Leningradi_Edasi_toimetus, lk 8
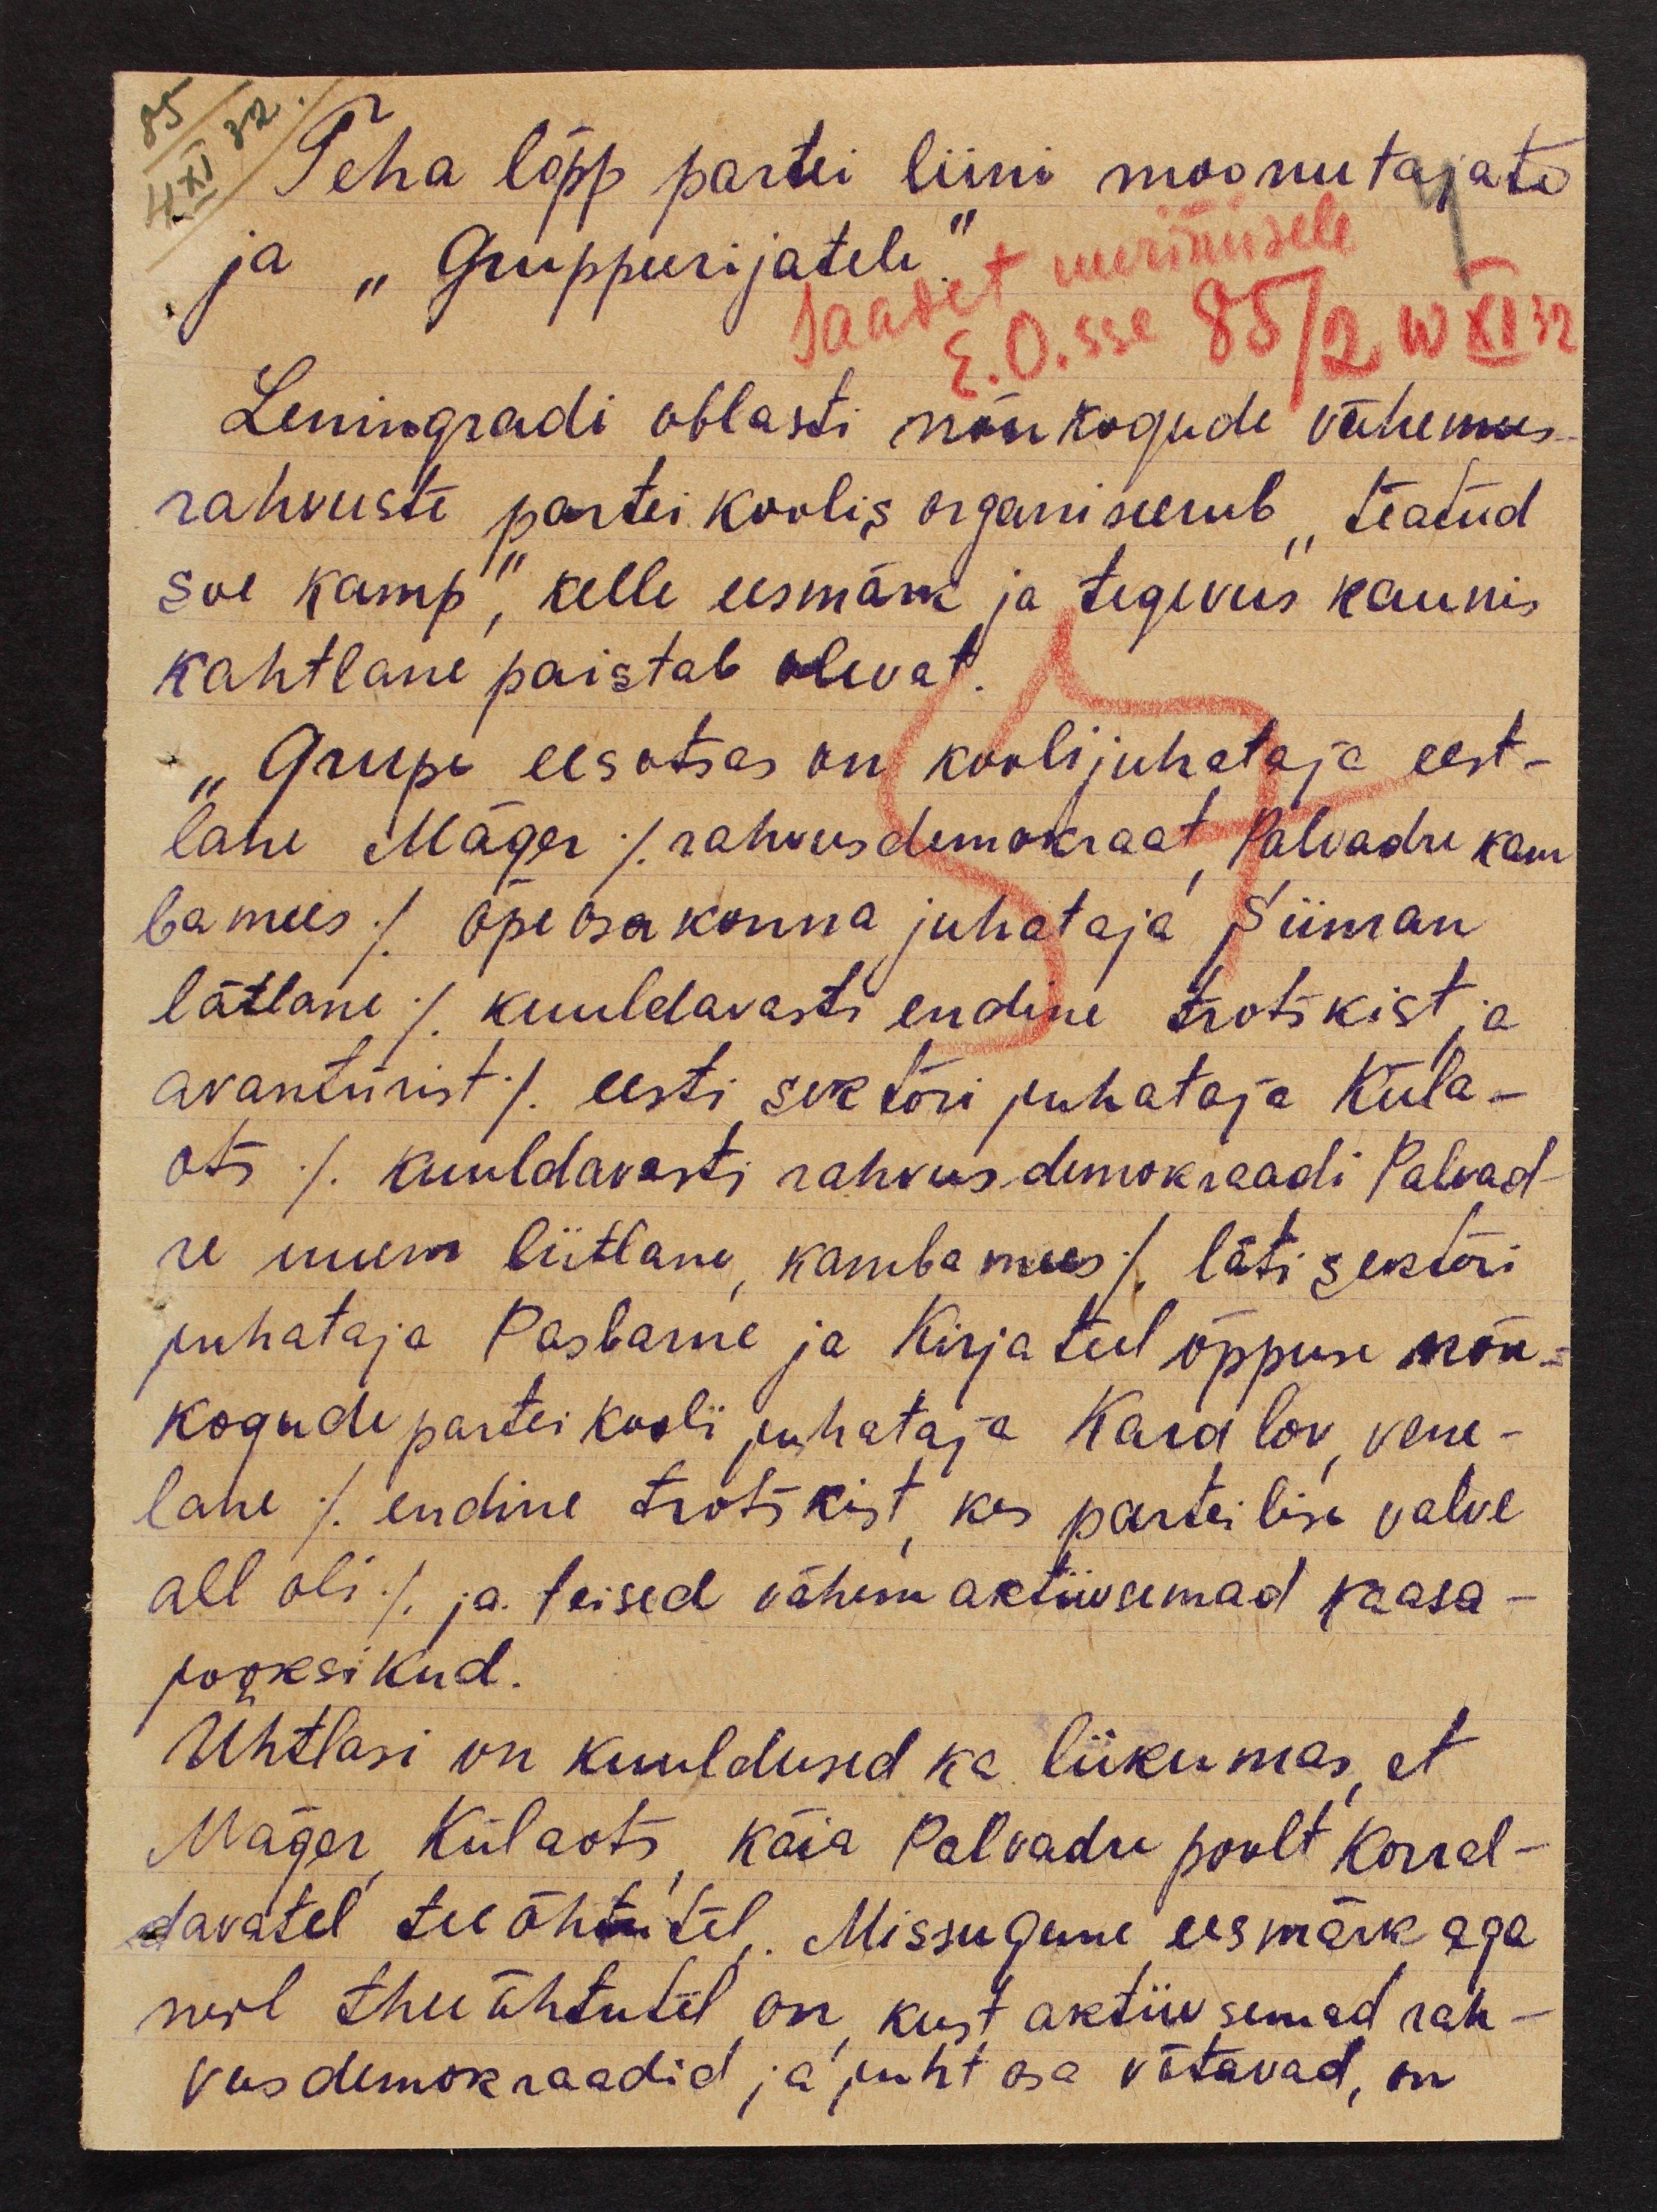
85
4 XI 32.
Teha lõpp partei liini moonutajate
ja "Gruppeerijatele."
Saadet uurimisele
E.O.sse
85/2 10 XI 32
Leningradi oblasti nõukogude vähemus-
rahvuste partei koolis organiseerub "teatud
Soe kamp", kelle eesmärk ja tegevus kaunis
kahtlane paistab olevat.
"Grupe eesotsas on koolijuhataja eest-
lane Mäger (rahvusdemokraat, Palvadre kam
bamees) õpeosakonna juhataja Siiman
lätlane (kuuldavasti endine trotškist ja
avantürist) eesti sektori juhataja Küla-
ots (kuuldavasti rahvusdemokraadi Palvad-
re uuem liitlane, kambamees) läti sektori
juhataja Pasbarne ja kirja teel õppuse nõu-
kogude partei kooli juhataja Karalov, vene-
lane (endine trotškist, kes parteilise valve
all oli) ja teised vähemaktiivsemad kaasa-
jooksikud.
Ühtlasi on kuuldused ka liikumas, et
Mäger, Külaots, käia Palvadre poolt korral-
davatel teeõhtutel. Missugune eesmärk aga
neil theeõhtutel on, kust aktiivsemad rah-
vusdemokraadid ja juht osa võtavad, on